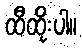
ထီထိုးပါ။